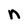
Character: n